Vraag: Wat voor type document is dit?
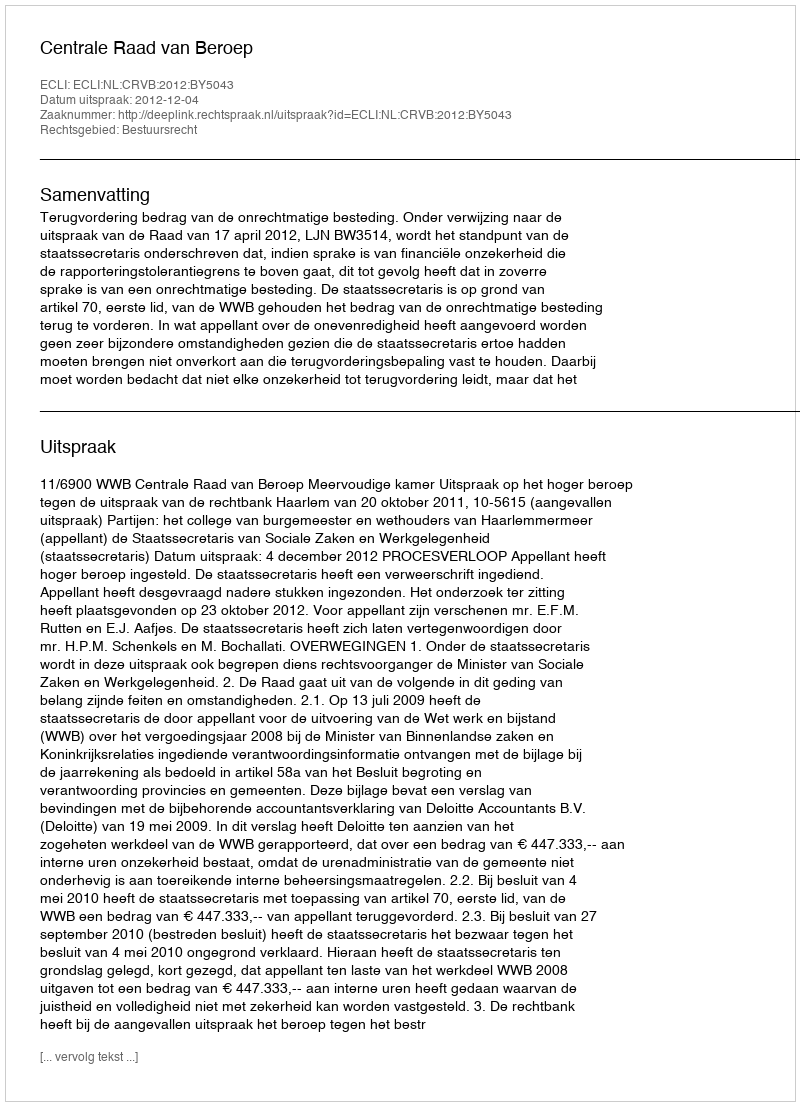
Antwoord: Uitspraak